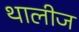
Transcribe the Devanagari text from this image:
थालीज